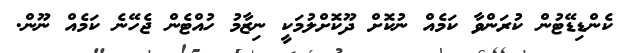
ކެންޑިޑޭޓުން ކުރަންވާ ކަމެއް ނުކޮށް ދޫކޮށްލުމަކީ ނިޒާމު ހުއްޓެން ޖެހޭނެ ކަމެއް ނޫން.